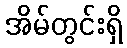
အိမ်တွင်းရှိ